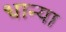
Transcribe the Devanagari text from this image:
धान्या